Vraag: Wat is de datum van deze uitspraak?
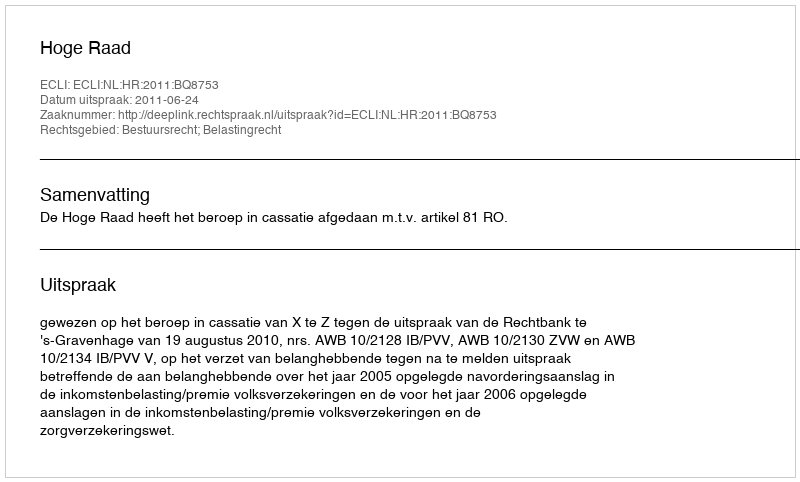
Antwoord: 2011-06-24